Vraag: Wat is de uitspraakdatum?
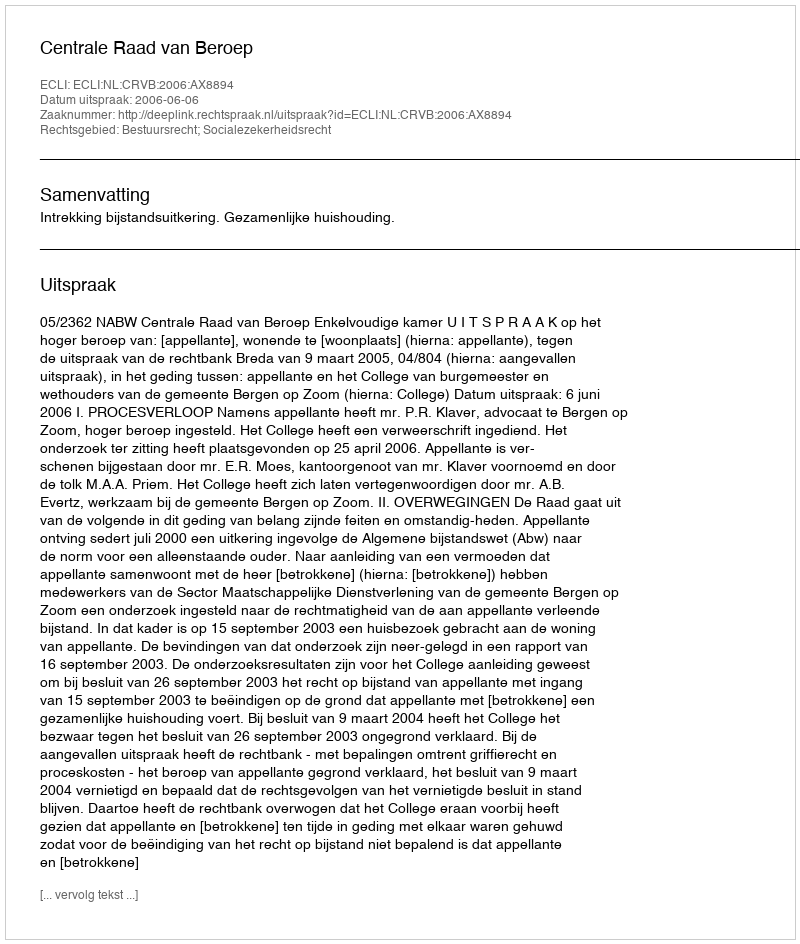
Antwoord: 2006-06-06